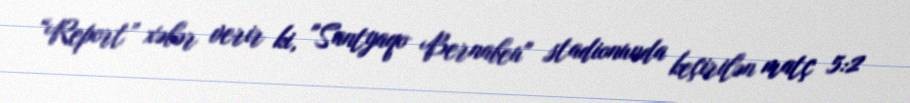
“Report” xəbər verir ki, "Santyaqo Bernabeu" stadionunda keçirilən matç 5:2